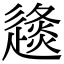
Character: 𨖤